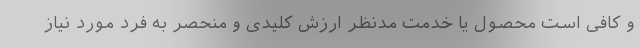
و کافی است محصول یا خدمت مدنظر ارزش کلیدی و منحصر به فرد مورد نیاز